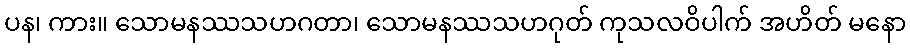
ပန၊ ကား။ သောမနဿသဟဂတာ၊ သောမနဿသဟဂုတ် ကုသလဝိပါက် အဟိတ် မနော